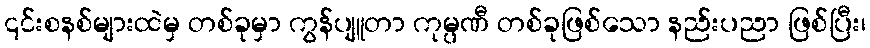
၎င်းစနစ်များထဲမှ တစ်ခုမှာ ကွန်ပျူတာ ကုမ္ပဏီ တစ်ခုဖြစ်သော နည်းပညာ ဖြစ်ပြီး၊